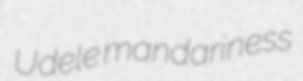
Udele mandariness